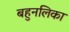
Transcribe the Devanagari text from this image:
बहुनलिका